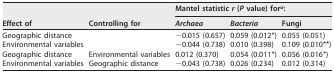
<table><thead><tr><td rowspan="2"><b>Effect of</b></td><td rowspan="2"><b>Controlling for</b></td><td colspan="3"><b>Mantel statistic <i>r</i> (<i>P</i> value) for<sup>a</sup>:</b></td></tr><tr><td><b><i>Archaea</i></b></td><td><b><i>Bacteria</i></b></td><td><b>Fungi</b></td></tr></thead><tbody><tr><td>Geographic distance</td><td></td><td>−0.015 (0.657)</td><td>0.059 (0.012*)</td><td>0.055 (0.051)</td></tr><tr><td>Environmental variables</td><td></td><td>−0.044 (0.738)</td><td>0.010 (0.398)</td><td>0.109 (0.010**)</td></tr><tr><td>Geographic distance</td><td>Environmental variables</td><td>0.012 (0.370)</td><td>0.054 (0.011*)</td><td>0.056 (0.016*)</td></tr><tr><td>Environmental variables</td><td>Geographic distance</td><td>−0.043 (0.738)</td><td>0.026 (0.234)</td><td>0.012 (0.314)</td></tr></tbody></table>